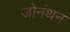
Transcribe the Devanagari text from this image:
जोनंथन